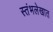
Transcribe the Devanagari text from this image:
स्तंभलेखात